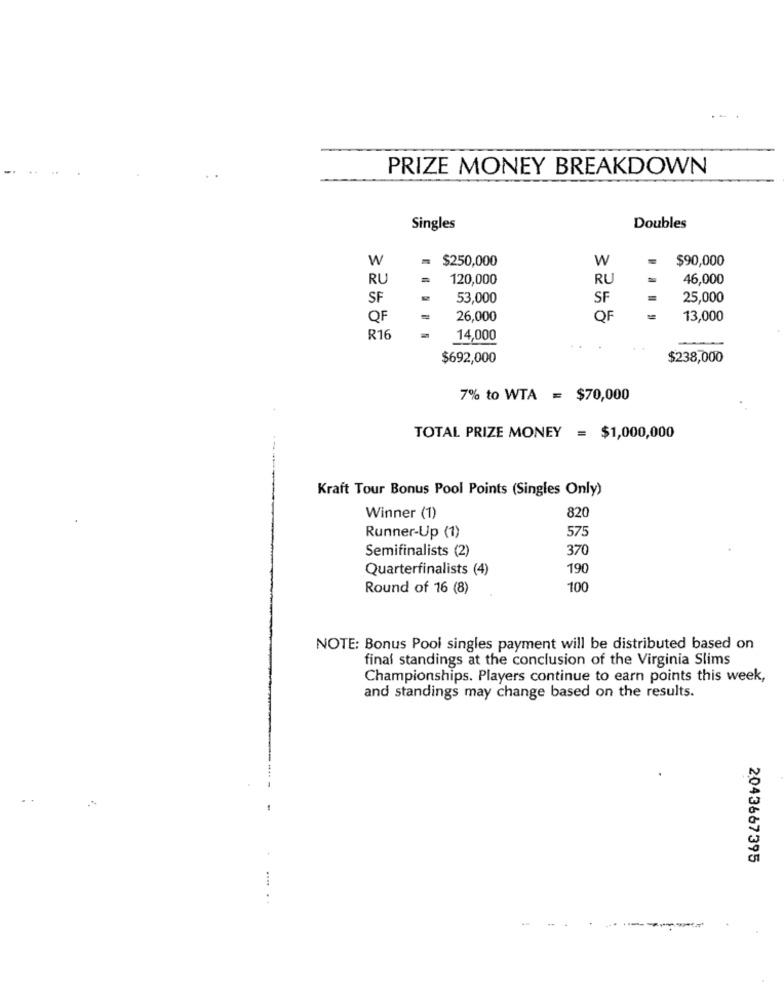
PRIZE MONEY BREAKDOWN
Singles
Doubles
W
$250,000
W
$90,000
RU
120,000
RU
46,000
SF
53,000
SF
25,000
QF
26,000
OF
13,000
R16
14,000
$692,000
$238,000
7% to WTA = $70,000
TOTAL PRIZE MONEY = $1,000,000
----
Kraft Tour Bonus Pool Points (Singles Only)
820
Winner (1)
57
Runner-Up (1)
Semifinalists (2)
370
Quarterfinalists (4)
190
Round of 16 (8)
100
NOTE: Bonus Pool singles payment will be distributed based on
final standings at the conclusion of the Virginia Slims
Championships. Players continue to earn points this week,
and standings may change based on the results.
2043667395
.... ..
-----